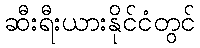
ဆီးရီးယားနိုင်ငံတွင်